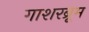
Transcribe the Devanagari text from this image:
गाशरब्रूम